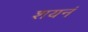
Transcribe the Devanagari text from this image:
शयनं